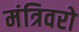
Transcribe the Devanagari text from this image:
मंत्रिवरो